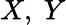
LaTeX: X,~Y